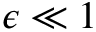
\epsilon \ll 1